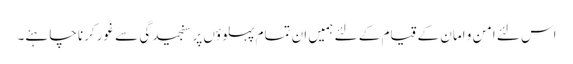
اس لئے امن و امان کے قیام کے لئے ہمیں ان تمام پہلوؤں پر سنجیدگی سے غور کرنا چاہئے۔